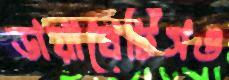
ডায়াবেটিসও